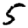
Digit: 5